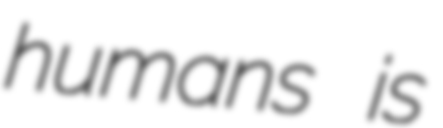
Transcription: humans is